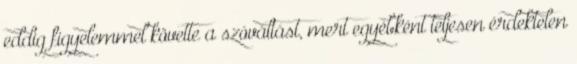
eddig figyelemmel követte a szóváltást, mert egyébként teljesen érdektelen